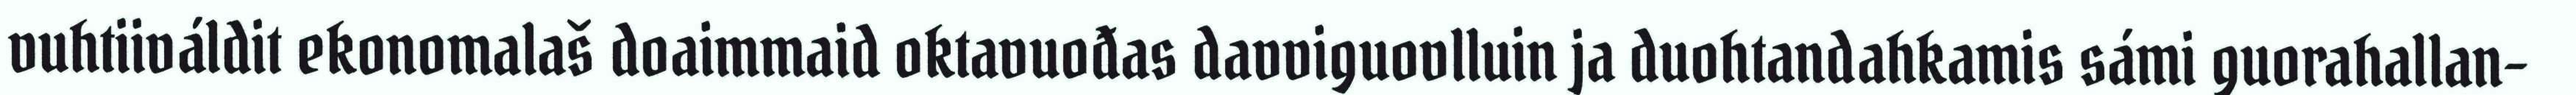
vuhtiiváldit ekonomalaš doaimmaid oktavuođas davviguovlluin ja duohtandahkamis sámi guorahallan-